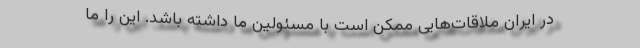
در ایران ملاقات‌هایی ممکن است با مسئولین ما داشته باشد. این را ما